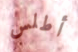
أطلس